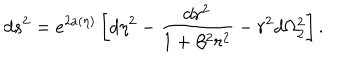
d s ^ { 2 } = e ^ { 2 a ( \eta ) } \left[ d \eta ^ { 2 } - \frac { d r ^ { 2 } } { 1 + \beta ^ { 2 } r ^ { 2 } } - r ^ { 2 } d \Omega _ { 2 } ^ { 2 } \right] .